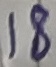
Text: 8